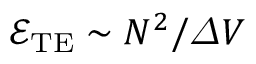
\mathcal { E } _ { \mathrm { T E } } \sim { { N ^ { 2 } } / { \varDelta V } }